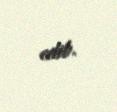
edib.